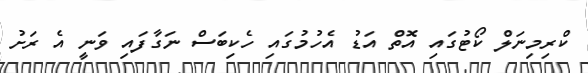
ކްރިމިނަލް ކޯޓުގައި އޮތް އަޑު އެހުމުގައި ހެކިބަސް ނަގާފައި ވަނީ އެ ރަށު